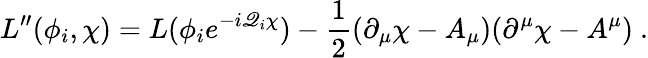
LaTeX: L^{\prime\prime}(\phi_{i},\chi)=L(\phi_{i}e^{-i\mathscr{Q}_{i}\chi})-\frac{{1}}{{2}}(\partial_{\mu}\chi-A_{\mu})(\partial^{\mu}\chi-A^{\mu})\ .